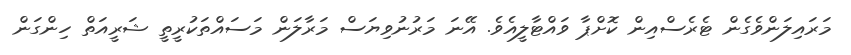
މަރައިލަންވެގެން ޓެރެސްއިން ކޮށްޕާ ވައްޓާލީއެވެ. އޭނަ މަރުނުވިޔަސް މަރާލަން މަސައްތަކުރީތީ ޝަރީއަތް ހިންގަން